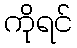
ကိုရင်